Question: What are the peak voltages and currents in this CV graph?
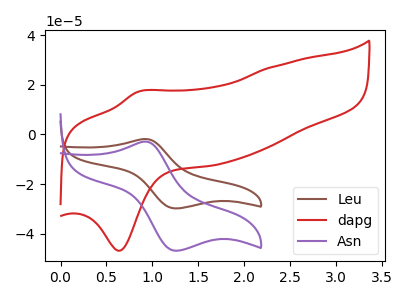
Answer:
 <answer>The brown curve "Leu" has an anodic peak at (0.95V, -1.85uA) and a cathodic peak at (1.25V, -29.75uA). The red curve "dapg" has an anodic peak at (0.85V, 17.20uA) and a cathodic peak at (0.65V, -46.75uA). The purple curve "Asn" has an anodic peak at (0.95V, -2.85uA) and a cathodic peak at (1.25V, -46.75uA).</answer>
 <eval></eval>